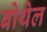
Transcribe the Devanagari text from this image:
बोथेल